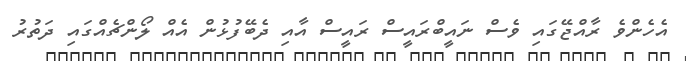
އެހެންވެ ރާއްޖޭގައި ވެސް ނައީބްރައީސް ރައީސް އާއި ދެބޭފުޅުން އެއް ލޯންޗެއްގައި ދަތުރު